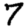
Digit: 7